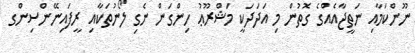
ނޫންކަމާއި ނަތީޖާއެއްގެ ގޮތުން މި އަދަދަކީ މަޝްރޫޢު ހިންގަން ނެގި ލޯނުތަކާއި ރީފައިނޭންސިންގ